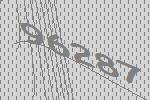
96287